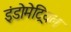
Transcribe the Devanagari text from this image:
इंडोमेट्रियल